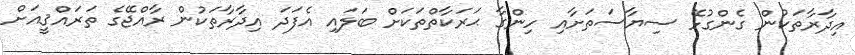
އިދާރާތަކުން ގެންގުޅޭ ސިޔާސަތަށާއި ހިންގާ ޙަރަކާތްތަކަށް ބަލައި އެފަދަ އިދާރާތަކުން ރާއްޖޭގެ ތަރައްޤީއަށް